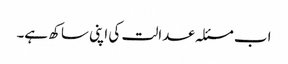
اب مسئلہ عدالت کی اپنی ساکھ ہے۔